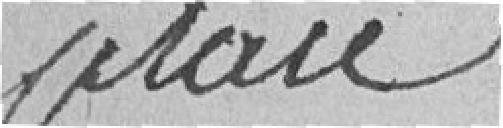
place